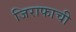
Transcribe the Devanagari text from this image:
जिराफाची